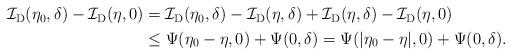
LaTeX: \begin{align*}\begin{aligned}\mathcal{I}_{\mathrm{D} }(\eta_0, \delta ) - \mathcal{I}_{\mathrm{D} }(\eta, 0 ) & = \mathcal{I}_{\mathrm{D} }(\eta_0, \delta ) - \mathcal{I}_{\mathrm{D} }(\eta, \delta ) + \mathcal{I}_{\mathrm{D} }(\eta, \delta ) - \mathcal{I}_{\mathrm{D} }(\eta, 0 ) \\& \leq \Psi (\eta_0-\eta, 0 ) + \Psi (0, \delta ) = \Psi ( |\eta_0-\eta|, 0 ) + \Psi (0, \delta ).\end{aligned}\end{align*}